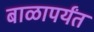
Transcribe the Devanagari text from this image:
बाळापर्यंत